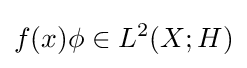
f(x)\phi \in L^{2}(X;H)